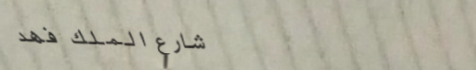
شارع الملك فهد